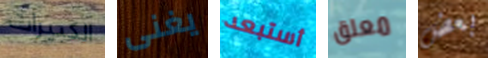
الكبيرات يغنى أستبعد معلق بعض